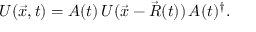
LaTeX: U ( \vec { x } , t ) = A ( t ) \, U ( \vec { x } - \vec { R } ( t ) ) \, A ( t ) ^ { \dagger } .